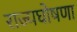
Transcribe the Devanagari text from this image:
राज्यघोषणा